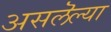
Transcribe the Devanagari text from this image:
असलॆल्या